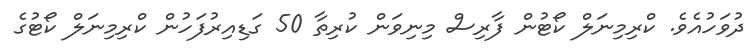
ދުވަހުއެވެ. ކްރިމިނަލް ކޯޓުން ފާރިސް މިނިވަން ކުރިތާ 50 ގަޑިއިރުފަހުން ކްރިމިނަލް ކޯޓުގެ